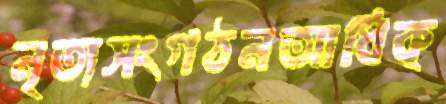
নৃত্যসংগঠনআধিক্